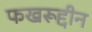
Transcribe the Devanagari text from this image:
फखरूद्दीन